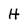
Character: H